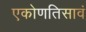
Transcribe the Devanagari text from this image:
एकोणतिसावं